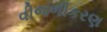
વીજળીકરણ